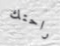
راحتك